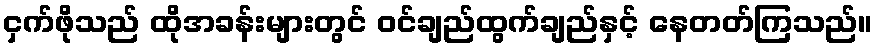
ငှက်ဖိုသည် ထိုအခန်းများတွင် ဝင်ချည်ထွက်ချည်နှင့် နေတတ်ကြသည်။